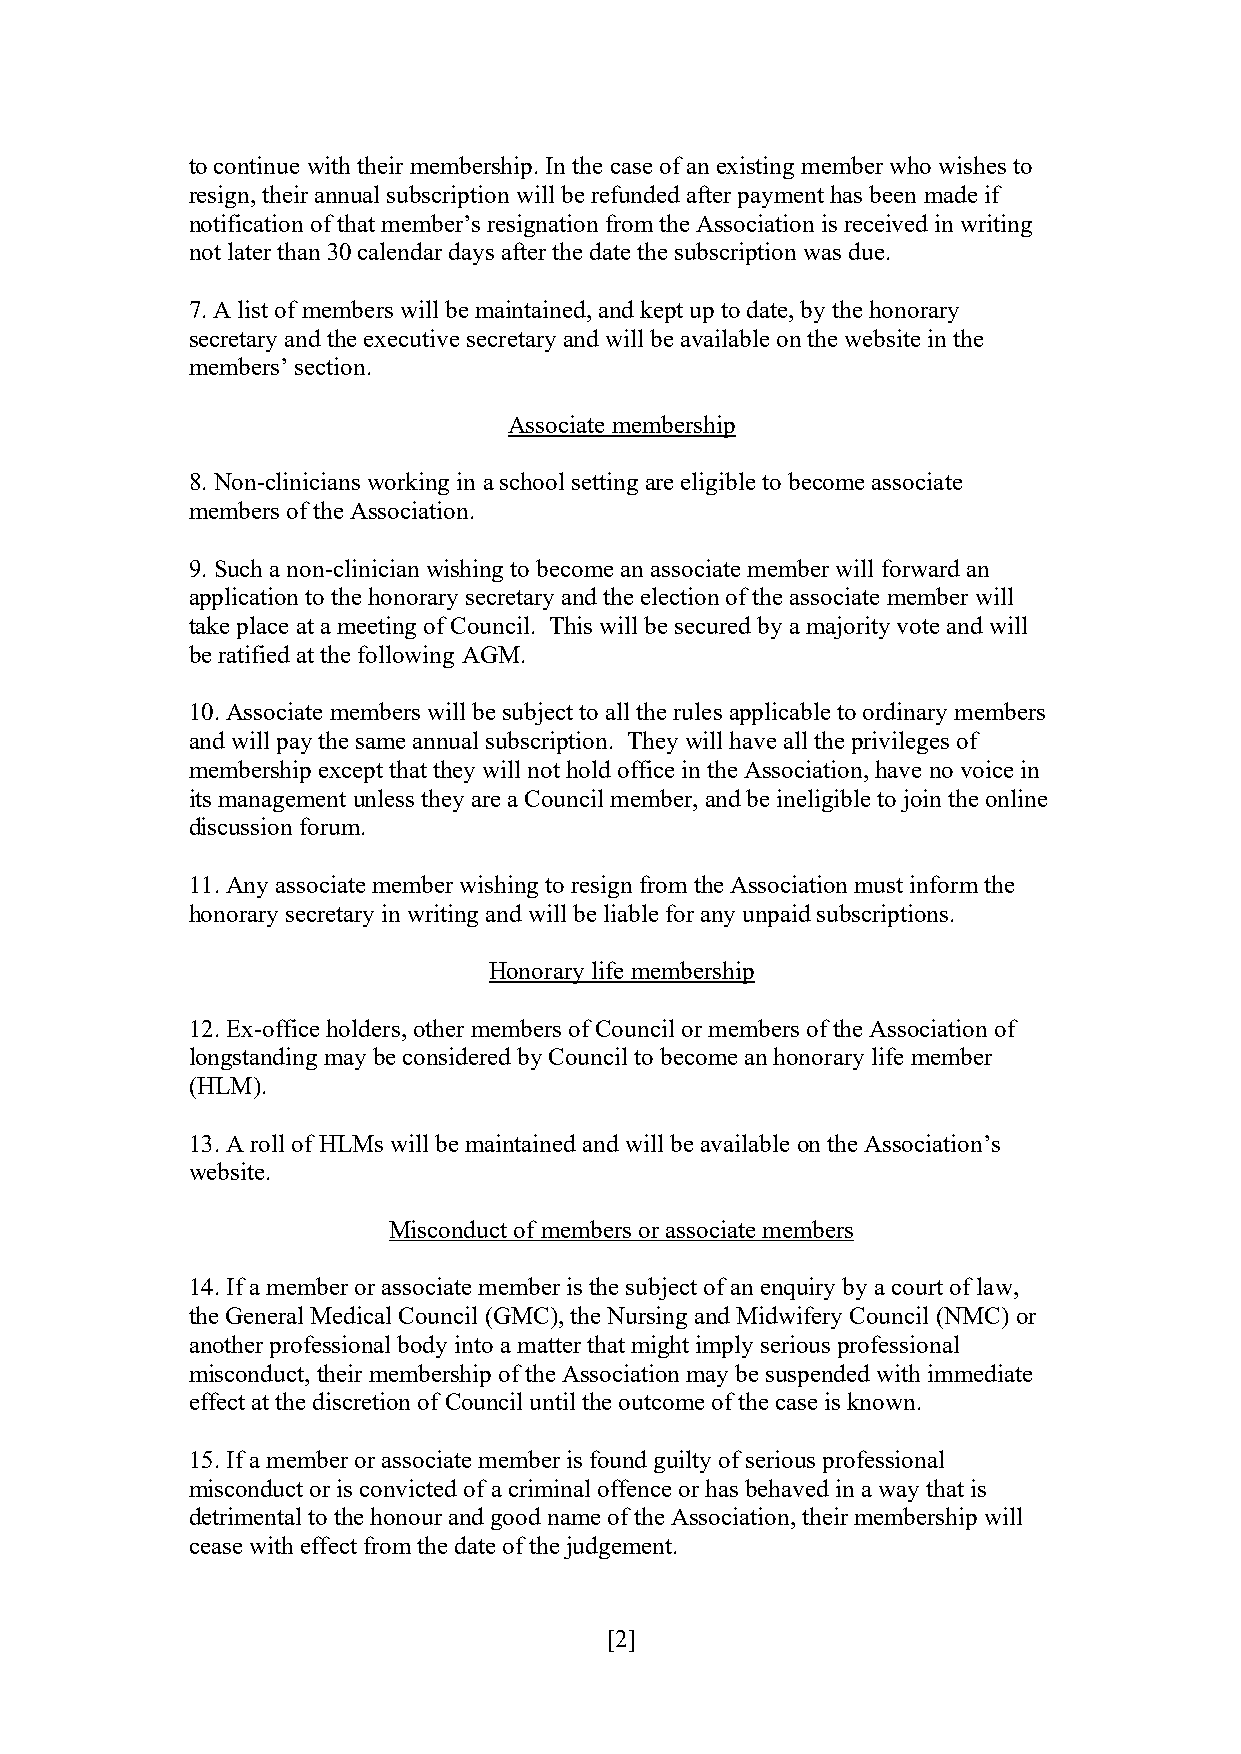
to continue with their membership. In the case of an existing member who wishes to
 resign, their annual subscription will be refunded after payment has been made if
 notification of that member’s resignation from the Association is received in writing
 not later than 30 calendar days after the date the subscription was due.
 7. A list of members will be maintained, and kept up to date, by the honorary
 secretary and the executive secretary and will be available on the website in the
 members’ section.
 Associate membership
 8. Non-clinicians working in a school setting are eligible to become associate
 members of the Association.
 9. Such a non-clinician wishing to become an associate member will forward an
 application to the honorary secretary and the election of the associate member will
 take place at a meeting of Council. This will be secured by a majority vote and will
 be ratified at the following AGM.
 10. Associate members will be subject to all the rules applicable to ordinary members
 and will pay the same annual subscription. They will have all the privileges of
 membership except that they will not hold office in the Association, have no voice in
 its management unless they are a Council member, and be ineligible to join the online
 discussion forum.
 11. Any associate member wishing to resign from the Association must inform the
 honorary secretary in writing and will be liable for any unpaid subscriptions.
 Honorary life membership
 12. Ex-office holders, other members of Council or members of the Association of
 longstanding may be considered by Council to become an honorary life member
 (HLM).
 13. A roll of HLMs will be maintained and will be available on the Association’s
 website.
 Misconduct of members or associate members
 14. If a member or associate member is the subject of an enquiry by a court of law,
 the General Medical Council (GMC), the Nursing and Midwifery Council (NMC) or
 another professional body into a matter that might imply serious professional
 misconduct, their membership of the Association may be suspended with immediate
 effect at the discretion of Council until the outcome of the case is known.
 15. If a member or associate member is found guilty of serious professional
 misconduct or is convicted of a criminal offence or has behaved in a way that is
 detrimental to the honour and good name of the Association, their membership will
 cease with effect from the date of the judgement.
 [2]